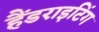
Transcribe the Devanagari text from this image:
हैंडराइटिंग